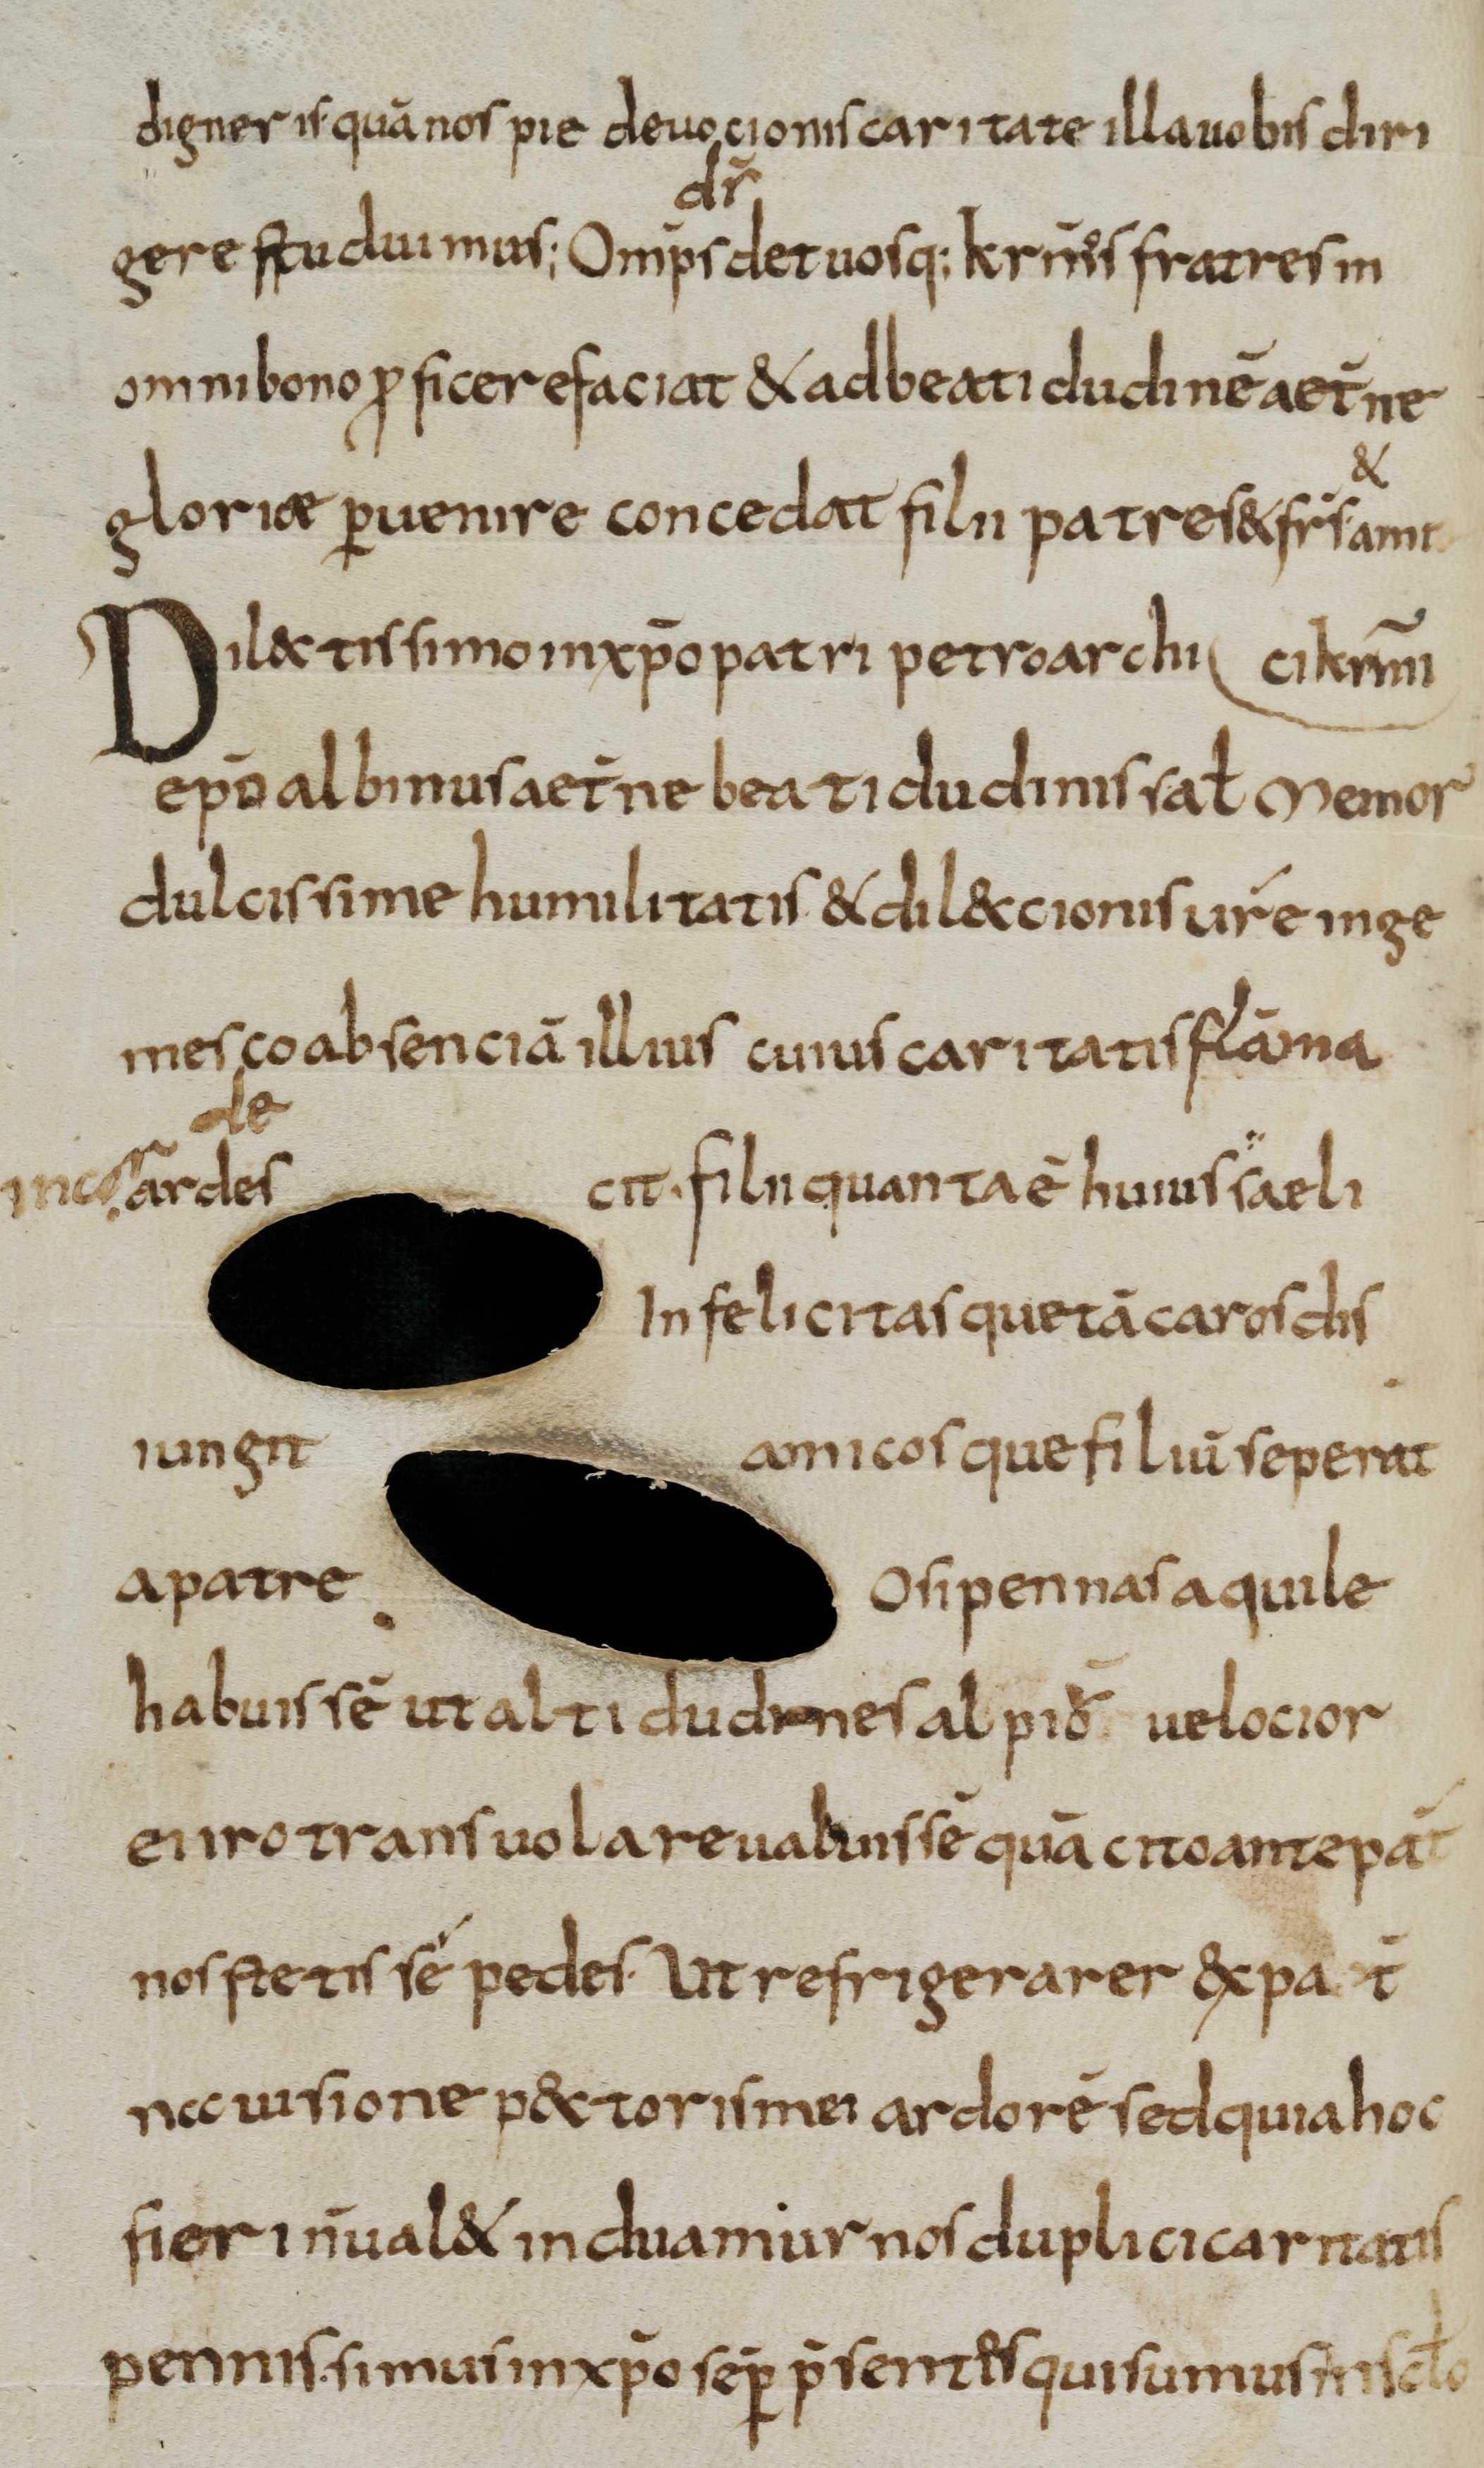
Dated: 800–830